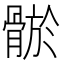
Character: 𩩦